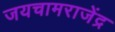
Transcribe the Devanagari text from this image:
जयचामराजेंद्र